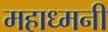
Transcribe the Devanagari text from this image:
महाध्मनी